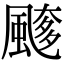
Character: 𩘖